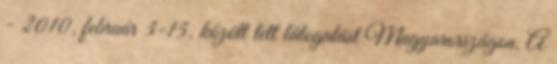
- 2010. február 3-15. között tett látogatást Magyarországon. A